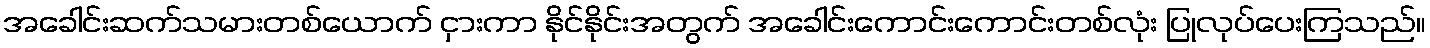
အခေါင်းဆက်သမားတစ်ယောက် ငှားကာ နိုင်နိုင်းအတွက် အခေါင်းကောင်းကောင်းတစ်လုံး ပြုလုပ်ပေးကြသည်။